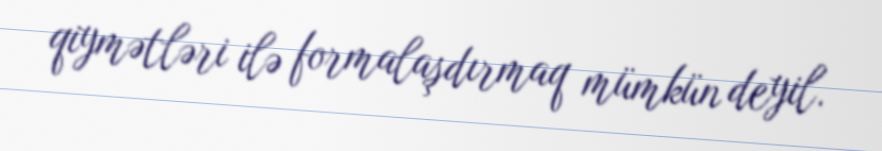
qiymətləri ilə formalaşdırmaq mümkün deyil.